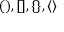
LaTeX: ( ) , [ ] , \{ \} , \langle \rangle